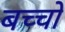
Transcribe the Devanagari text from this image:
बच्‍चो